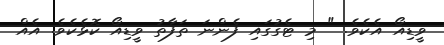
ވީޑިއޯ އެކެވެ. " މި ޓެގުގައި ފެންނަ ތަފާތު ވީޑިއޯ ކޮޅެކެވެ. އެއް